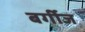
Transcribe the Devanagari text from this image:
बर्गीज